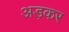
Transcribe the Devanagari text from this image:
अड़कर